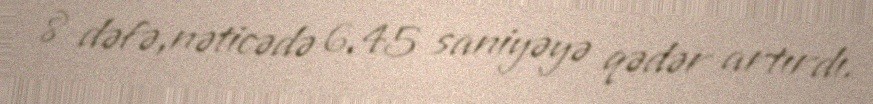
8 dəfə,nəticədə 6.45 saniyəyə qədər artırdı.